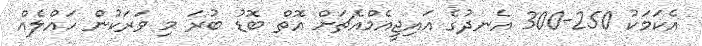
އެކަމަކު 250-300 އެނދުގެ އައިޖީއެމްއެޗަށް އޮތް ބޮޑު ބުރަ މި ވަރަކުން ހައްލެއް